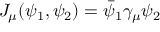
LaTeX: J _ { \mu } ( \psi _ { 1 } , \psi _ { 2 } ) = \bar { \psi } _ { 1 } \gamma _ { \mu } \psi _ { 2 }